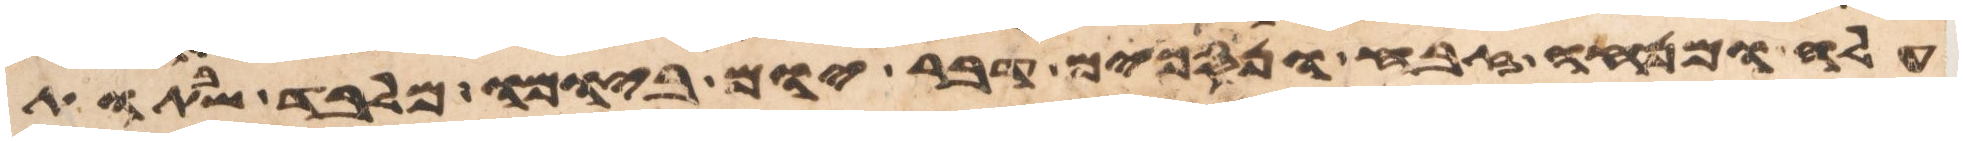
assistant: עלה ומנחה זבח ונסכים דבר יום ביומו מלבד שבתות